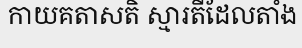
កាយគតាសតិ ស្មារតីដែលតាំង